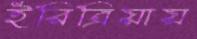
ইরিত্রিয়ায়